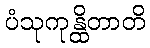
ပံသုကုန္ထိတာတိ